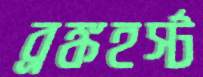
ব্রঙ্কহর্স্ট